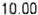
10.00